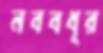
নববধূর